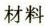
材料